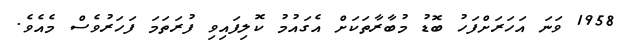
1958 ވަނަ އަހަރަށްފަހު ބޮޑު މުބާރާތަކަށް އެގައުމު ކޮލިފައިވި ފުރަތަމަ ފަހަރުވެސް މެއެވެ.